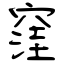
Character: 窪